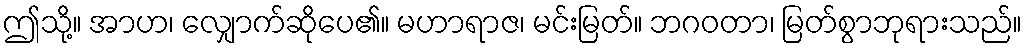
ဤသို့။ အာဟ၊ လျှောက်ဆိုပေ၏။ မဟာရာဇ၊ မင်းမြတ်။ ဘဂဝတာ၊ မြတ်စွာဘုရားသည်။